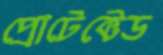
প্রোটেক্টেড